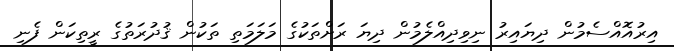
އިރުއޮއްސެމުން ދިޔައިރު ނިވިދިއްލެމުން ދިޔަ ރަށްތަކުގެ މަލަމަތި ތަކުން ޤުދުރަތުގެ ރީތިކަން ފެނި